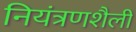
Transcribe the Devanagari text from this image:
नियंत्रणशैली